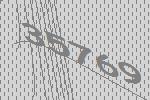
35769